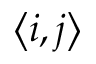
\left\langle i , j \right\rangle